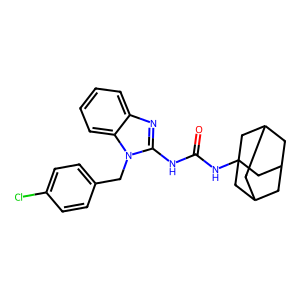
SMILES: O=C(Nc1nc2ccccc2n1Cc1ccc(Cl)cc1)NC12CC3CC(CC(C3)C1)C2
Inhibits HIV replication: No